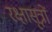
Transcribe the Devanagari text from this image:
रक्षासूत्रों